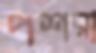
পশরা